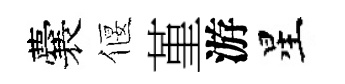
囊偃堇游星